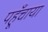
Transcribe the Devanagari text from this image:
पहूँचाया